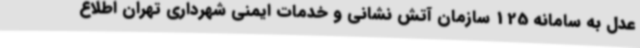
عدل به سامانه 125 سازمان آتش نشانی و خدمات ایمنی شهرداری تهران اطلاع